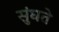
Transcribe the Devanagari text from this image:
सुंघते